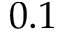
0 . 1